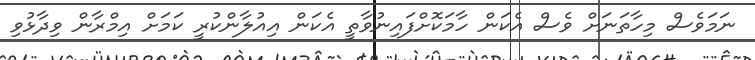
ނަމަވެސް މިހާތަނަށް ވެސް އެކަން ހާމަކޮށްފައިނުވާތީ އެކަން އިއުލާންކުރީ ކަމަށް އިމްރާން ވިދާޅުވި